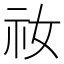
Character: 𫀁